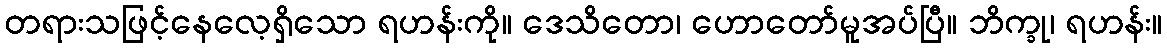
တရားသဖြင့်နေလေ့ရှိသော ရဟန်းကို။ ဒေသိတော၊ ဟောတော်မူအပ်ပြီ။ ဘိက္ခု၊ ရဟန်း။